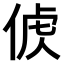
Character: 𠊤